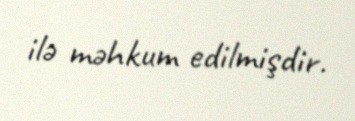
ilə məhkum edilmişdir.